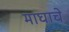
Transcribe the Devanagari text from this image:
माघाचे